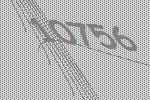
10756